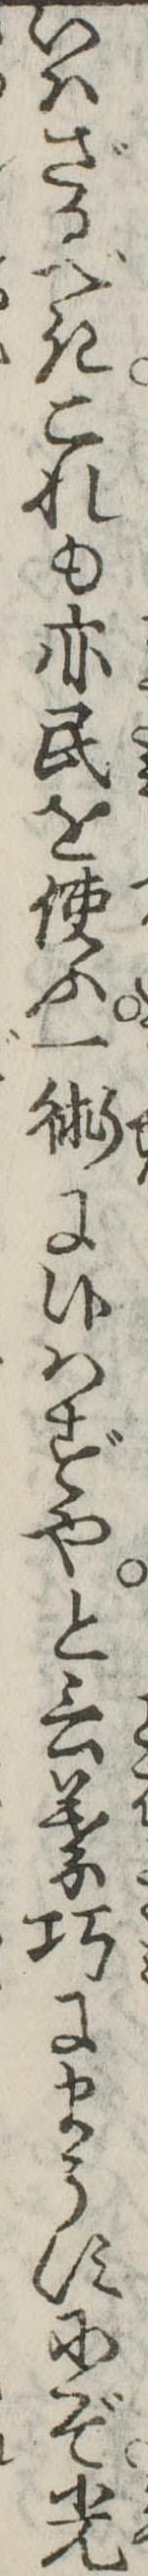
いはざるべきこれも亦民を使ふ一術に候はずやと言葉巧にまうすにぞ光